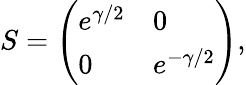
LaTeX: S=\left(\begin{array}{ll}{{e^{\gamma/2}}}&{{0}}\\ {{0}}&{{e^{-\gamma/2}}}\end{array}\right),